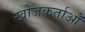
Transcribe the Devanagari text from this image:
खोजकर्ताओँ